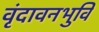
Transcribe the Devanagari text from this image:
वृंदावनभुवि